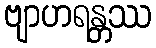
ဗျာဟရန္တဿ